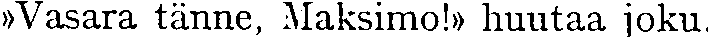
»Vasara tänne, Maksimo!» huutaa joku.